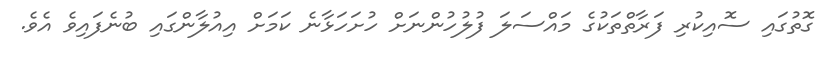
ގޮތުގައި ސޮއިކުރި ފަރާތްތަކުގެ މައްސަލަ ފުލުހުންނަށް ހުށަހަޅާނެ ކަމަށް އިއުލާންގައި ބުނެފައިވެ އެވެ.